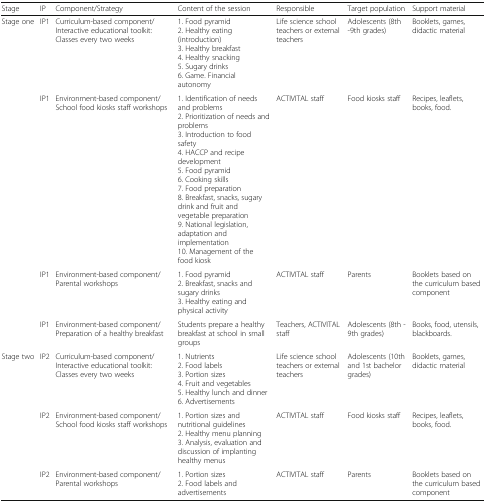
<table><thead><tr><td><b>Stage</b></td><td><b>IP</b></td><td><b>Component/Strategy</b></td><td><b>Content of the session</b></td><td><b>Responsible</b></td><td><b>Target population</b></td><td><b>Support material</b></td></tr></thead><tbody><tr><td rowspan="4">Stage one</td><td>IP1</td><td>Curriculum-based component/Interactive educational toolkit: Classes every two weeks</td><td>1. Food pyramid2. Healthy eating (introduction)3. Healthy breakfast4. Healthy snacking5. Sugary drinks6. Game. Financial autonomy</td><td>Life science school teachers or external teachers</td><td>Adolescents (8th -9th grades)</td><td>Booklets, games, didactic material</td></tr><tr><td>IP1</td><td>Environment-based component/School food kiosks staff workshops</td><td>1. Identification of needs and problems2. Prioritization of needs and problems3. Introduction to food safety4. HACCP and recipe development5. Food pyramid6. Cooking skills7. Food preparation8. Breakfast, snacks, sugary drink and fruit and vegetable preparation9. National legislation, adaptation and implementation10. Management of the food kiosk</td><td>ACTIVITAL staff</td><td>Food kiosks staff</td><td>Recipes, leaflets, books, food.</td></tr><tr><td>IP1</td><td>Environment-based component/Parental workshops</td><td>1. Food pyramid2. Breakfast, snacks and sugary drinks3. Healthy eating and physical activity</td><td>ACTIVITAL staff</td><td>Parents</td><td>Booklets based on the curriculum based component</td></tr><tr><td>IP1</td><td>Environment-based component/Preparation of a healthy breakfast</td><td>Students prepare a healthy breakfast at school in small groups</td><td>Teachers, ACTIVITAL staff</td><td>Adolescents (8th - 9th grades)</td><td>Books, food, utensils, blackboards.</td></tr><tr><td rowspan="3">Stage two</td><td>IP2</td><td>Curriculum-based component/Interactive educational toolkit: Classes every two weeks</td><td>1. Nutrients2. Food labels3. Portion sizes4. Fruit and vegetables5. Healthy lunch and dinner6. Advertisements</td><td>Life science school teachers or external teachers</td><td>Adolescents (10th and 1st bachelor grades)</td><td>Booklets, games, didactic material</td></tr><tr><td>IP2</td><td>Environment-based component/School food kiosks staff workshops</td><td>1. Portion sizes and nutritional guidelines2. Healthy menu planning3. Analysis, evaluation and discussion of implanting healthy menus</td><td>ACTIVITAL staff</td><td>Food kiosks staff</td><td>Recipes, leaflets, books, food.</td></tr><tr><td>IP2</td><td>Environment-based component/Parental workshops</td><td>1. Portion sizes2. Food labels and advertisements</td><td>ACTIVITAL staff</td><td>Parents</td><td>Booklets based on the curriculum based component</td></tr></tbody></table>